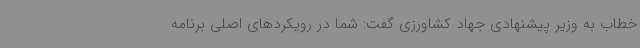
خطاب به وزیر پیشنهادی جهاد کشاورزی گفت: شما در رویکردهای اصلی برنامه